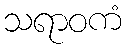
သရာဝကံ